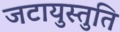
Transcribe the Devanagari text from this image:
जटायुस्तुति